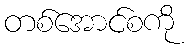
တစ်အောင်စကို